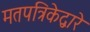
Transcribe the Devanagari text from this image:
मतपत्रिकेद्वारे